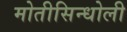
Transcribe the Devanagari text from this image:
मोतीसिन्धोली